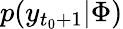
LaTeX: p(y_{t_{0}+1}|\Phi)